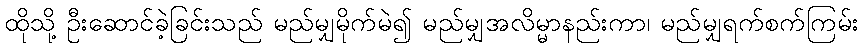
ထိုသို့ ဦးဆောင်ခဲ့ခြင်းသည် မည်မျှမိုက်မဲ၍ မည်မျှအလိမ္မာနည်းကာ၊ မည်မျှရက်စက်ကြမ်း